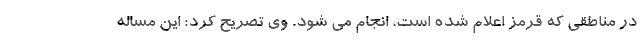
در مناطقی که قرمز اعلام شده است، انجام می شود. وی تصریح کرد: این مساله